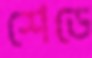
শেডে